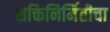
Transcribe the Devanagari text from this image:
शक्तिनिर्मितीचा